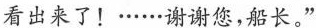
看出来了！……谢谢您，船长。”